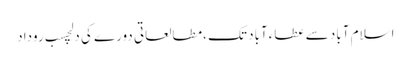
اسلام آباد سے عطاءآباد تک ،مطالعاتی دورے کی دلچسب روداد